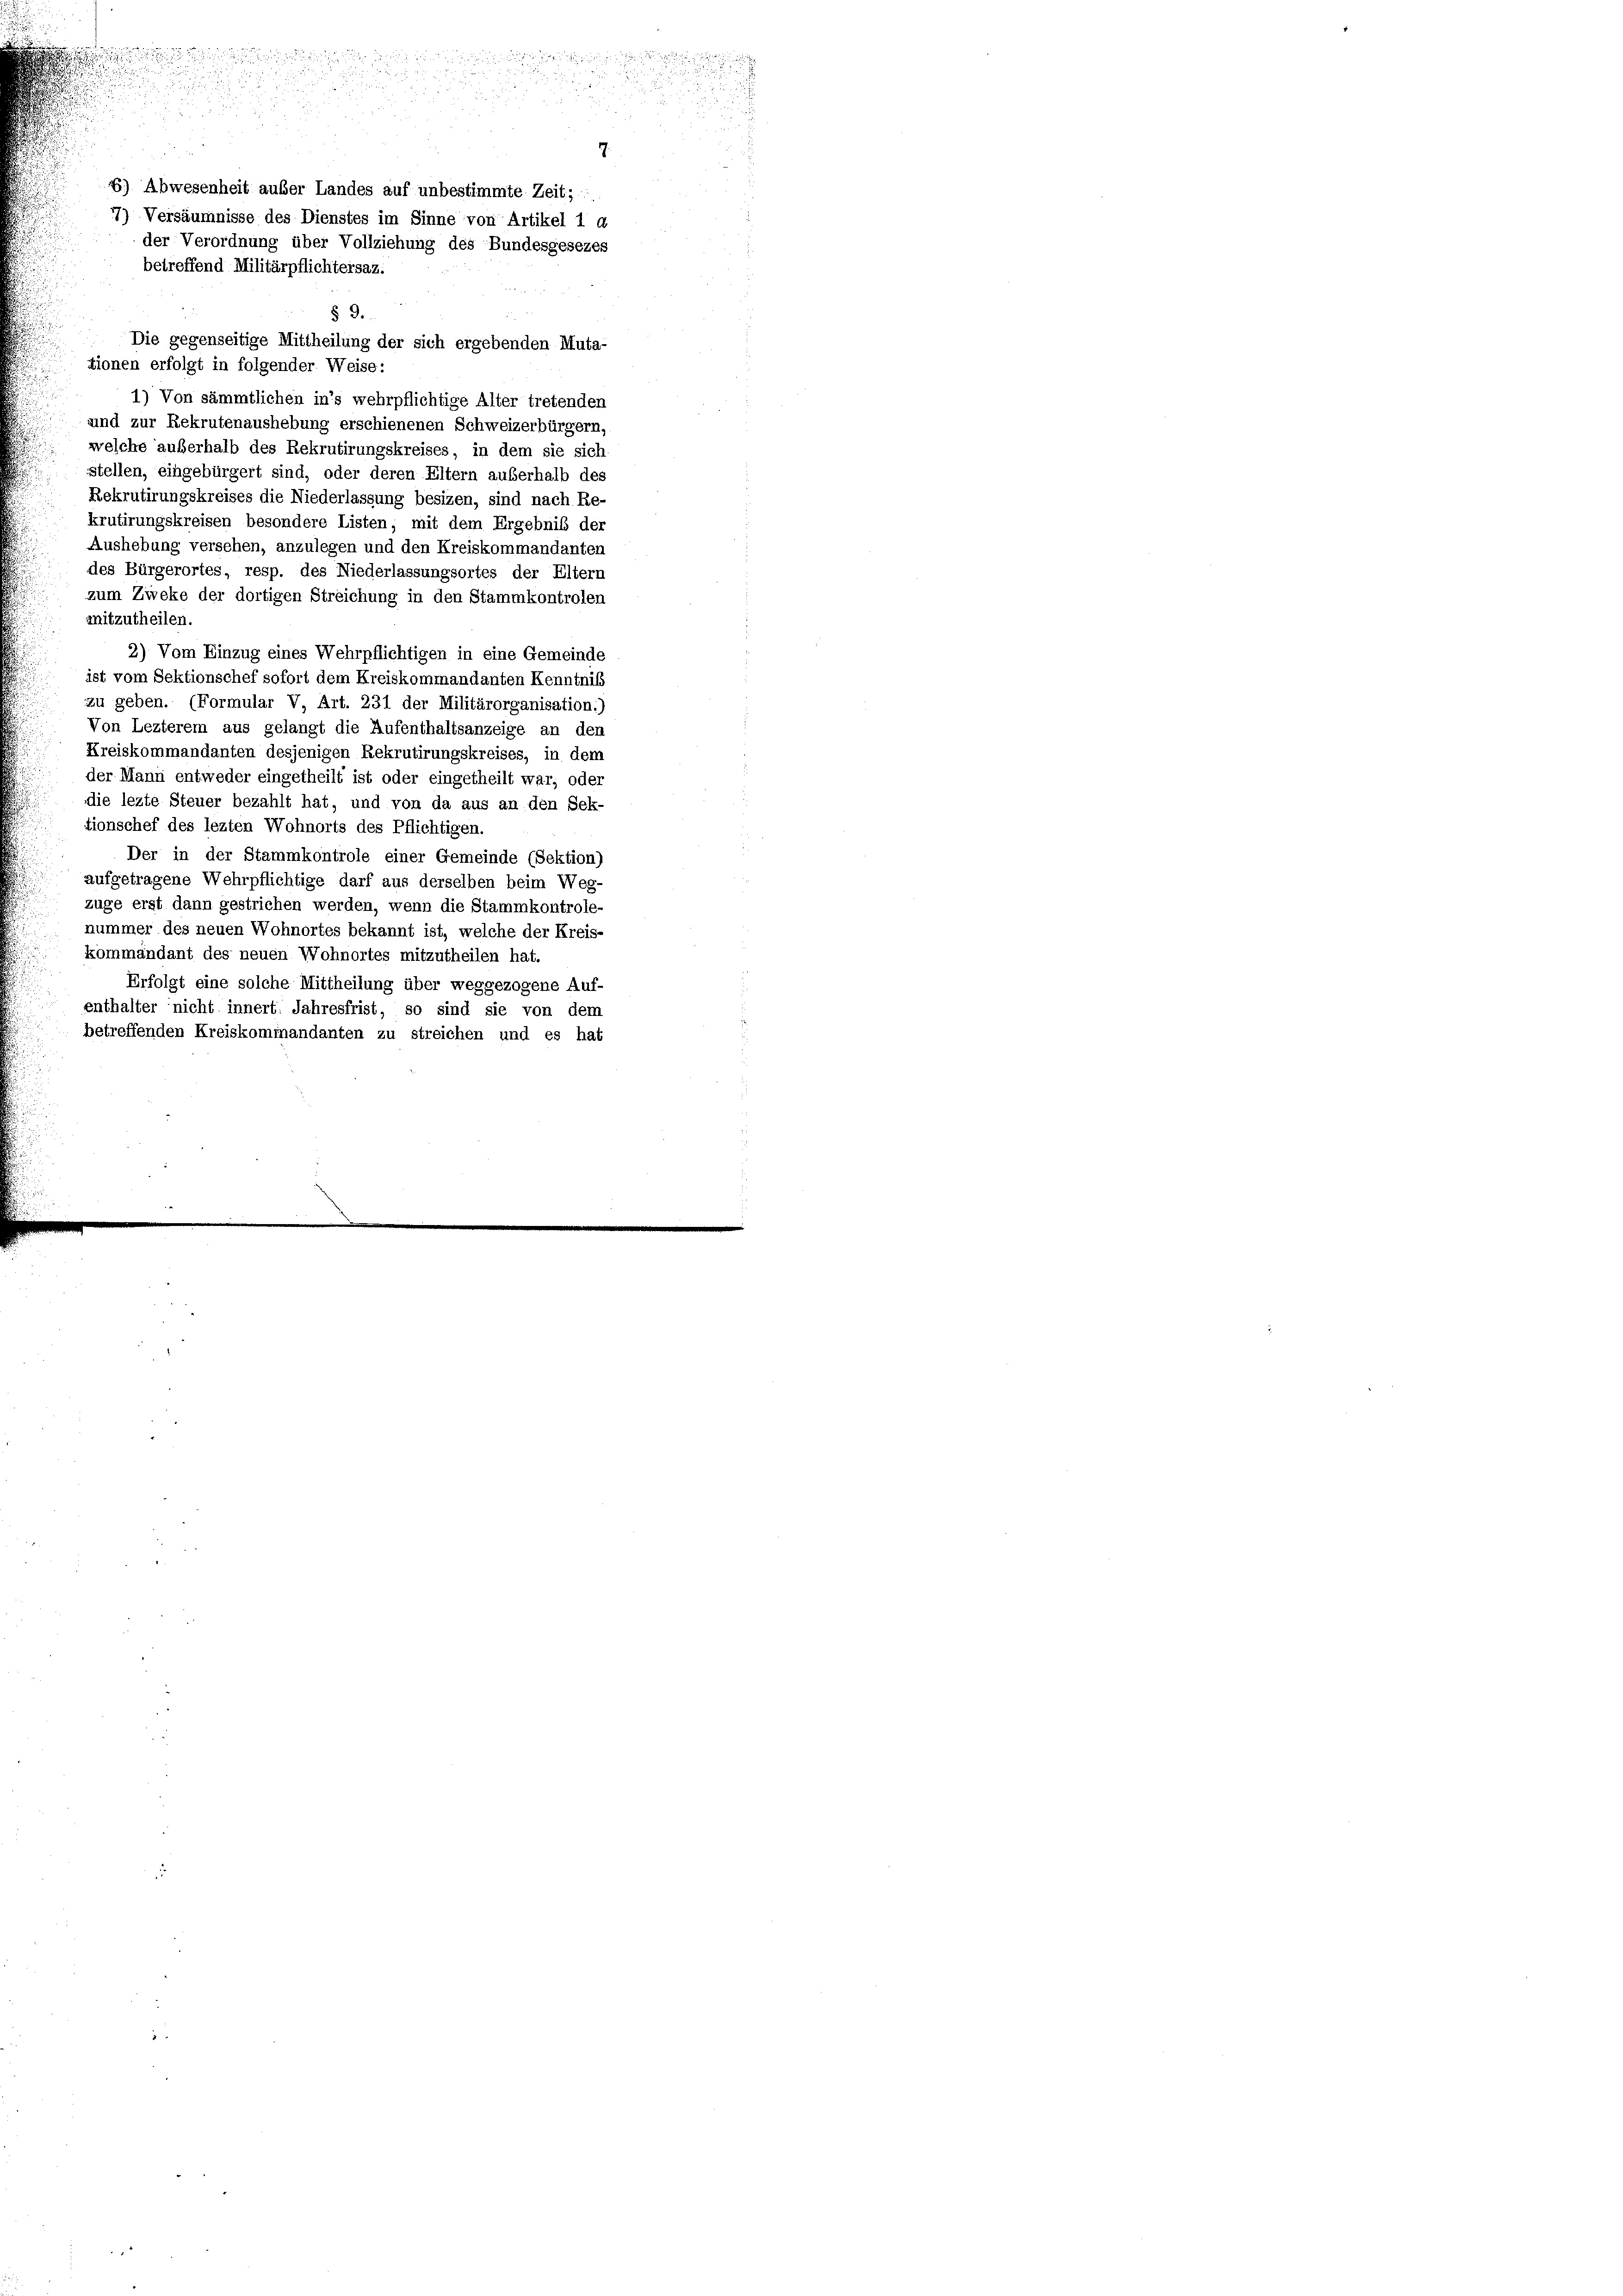
§ 9.
Die gegenseitige Mittheilung der sich ergebenden Muta-
tionen erfolgt in folgender Weise:
1) Von sämmtlichen in’s wehrpflichtige Alter tretenden
und zur Rekrutenaushebung erschienenen Schweizerbürgern,
welche außerhalb des Rekrutirungskreises, in dem sie sich
stellen, eingebürgert sind, oder deren Eltern außerhalb des
Rekrutirungskreises die Niederlassung besizen, sind nach Re-
krutirungskreisen besondere Listen, mit dem Ergebniß der
Aushebung versehen, anzulegen und den Kreiskommandanten
des Bürgerortes, resp. des Niederlassungsortes der Eltern
zum Zweke der dortigen Streichung in den Stammkontrolen
mitzutheilen.
2) Vom Einzug eines Wehrpflichtigen in eine Gemeinde
ist vom Sektionschef sofort dem Kreiskommandanten Kenntniß
zu geben. (Formular V, Art. 231 der Militärorganisation:)
Von Lezterem aus gelangt die Aufenthaltsanzeige an den
Kreiskommandanten desjenigen Rekrutirungskreises, in dem
der Mann entweder eingetheilt ist oder eingetheilt war, oder
die lezte Steuer bezahlt hat, und von da aus an den Sek-
tionschef des lezten Wohnorts des Pflichtigen.
Der in der Stammkontrole einer Gemeinde (Sektion)
aufgetragene Wehrpflichtige darf aus derselben beim Weg-
züge erst dann gestrichen werden, wenn die Stammkontrole-
nummer des neuen Wohnortes bekannt ist, welche der Kreis-
kommandant des neuen Wohnortes mitzutheilen hat.
Erfolgt eine solche Mittheilung über weggezogene Auf-
enthalter nicht innert. Jahresfrist, so sind sie von dem
betreffenden Kreiskommandanten zu streichen und es hat

7
6) Abwesenheit außer Landes auf unbestimmte Zeit;
77) Versäumnisse des Dienstes im Sinne von Artikel 1 d
der Verordnung über Vollziehung des Bundesgesezes
betreffend Militärpflichtersaz.